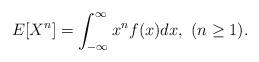
LaTeX: \begin{align*}E[X^n] = \int_{-\infty}^\infty x^n f(x) dx,\,\,(n \geq 1).\end{align*}